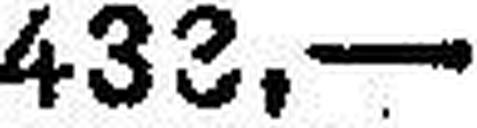
433.—